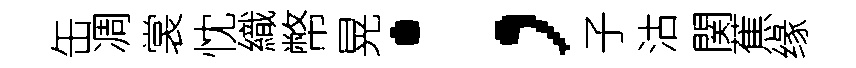
缶凋裳忱織幣晃；子沽関蕉缘